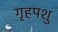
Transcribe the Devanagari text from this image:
गृहपशु